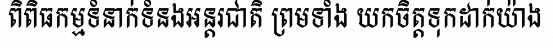
ពិពិធកម្មទំនាក់ទំនងអន្តរជាតិ ព្រមទាំង យកចិត្តទុកដាក់យ៉ាង